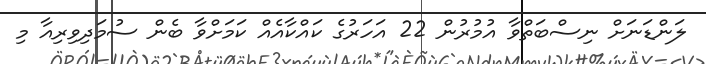
ލަންޑަނަށް ނިސްބަތްވާ އުމުރުން 22 އަހަރުގެ ކައްކާއެއް ކަމަށްވާ ބެން ސުމަދިވިރިއާ މި